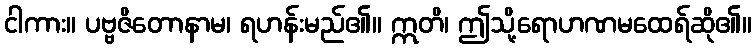
ငါကား။ ပဗ္ဗဇိတောနာမ၊ ရဟန်းမည်၏။ ဣတိ၊ ဤသို့ရောဟဏမထေရ်ဆို၏။